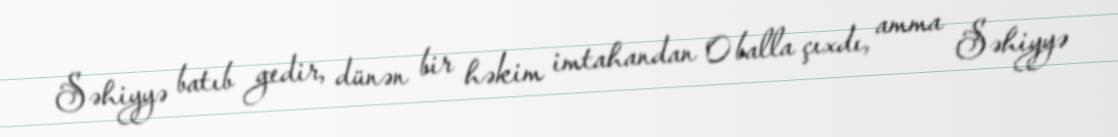
Səhiyyə batıb gedir, dünən bir həkim imtahandan 0 balla çıxdı, amma Səhiyyə